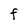
Character: F